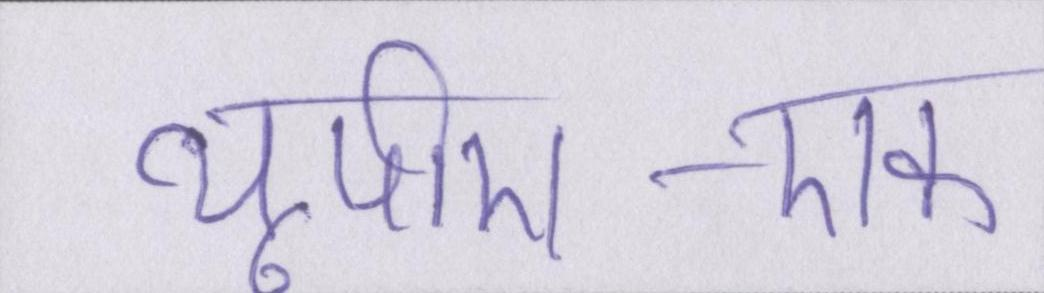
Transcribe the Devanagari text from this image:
यूपीए-एक